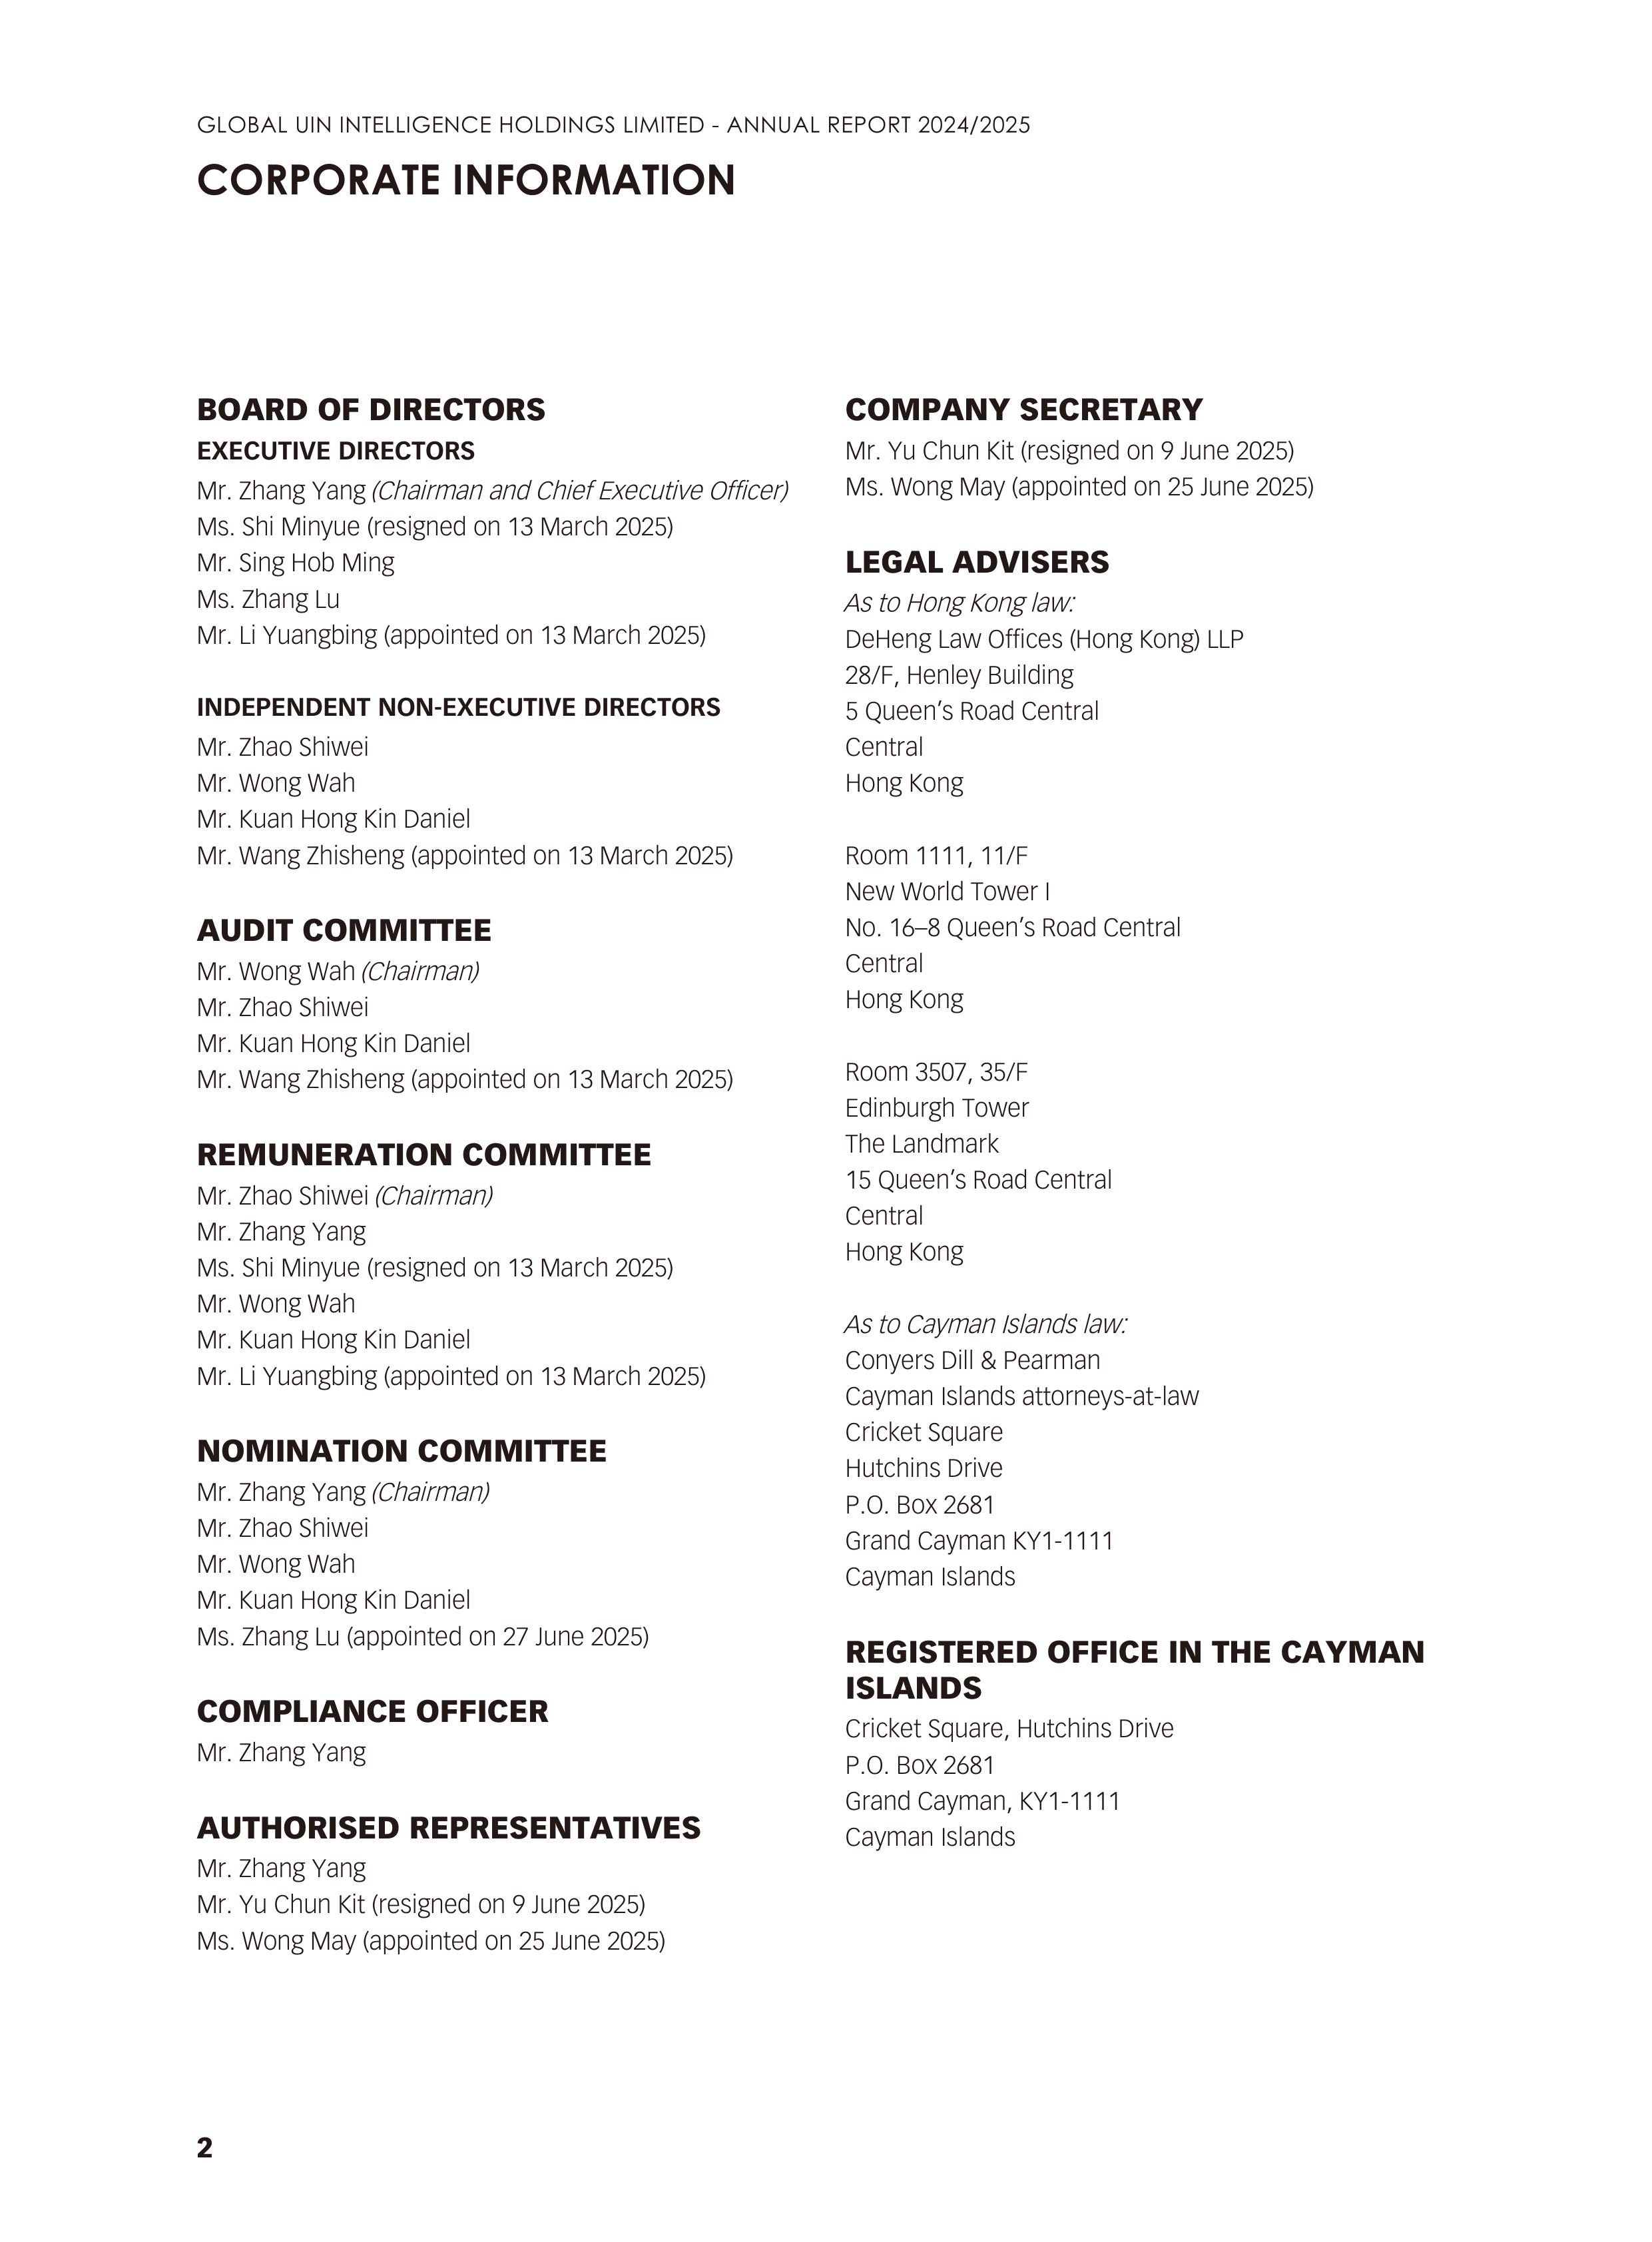
GLOBAL UIN INTELLIGENCE HOLDINGS LIMITED - ANNUAL REPORT 2024/2025
CORPORATE INFORMATION

BOARD OF DIRECTORS                                    COMPANY SECRETARY
EXECUTIVE DIRECTORS                                   Mr. Yu Chun Kit (resigned on 9 June 2025)
Mr. Zhang Yang (Chairman and Chief Executive Officer) Ms. Wong May (appointed on 25 June 2025)
Ms. Shi Minyue (resigned on 13 March 2025)
Mr. Sing Hob Ming                                    LEGAL ADVISERS
Ms. Zhang Lu                                          As to Hong Kong law:
Mr. Li Yuangbing (appointed on 13 March 2025)         DeHeng Law Offices (Hong Kong) LLP
                                                      28/F, Henley Building
INDEPENDENT NON-EXECUTIVE DIRECTORS                   5 Queen's Road Central
Mr. Zhao Shiwei                                       Central
Mr. Wong Wah                                          Hong Kong
Mr. Kuan Hong Kin Daniel
Mr. Wang Zhisheng (appointed on 13 March 2025)        Room 1111, 11/F
                                                      New World Tower I
AUDIT COMMITTEE                                       No. 16–8 Queen's Road Central
Mr. Wong Wah (Chairman)                               Central
Mr. Zhao Shiwei                                       Hong Kong
Mr. Kuan Hong Kin Daniel
Mr. Wang Zhisheng (appointed on 13 March 2025)        Room 3507, 35/F
                                                      Edinburgh Tower
REMUNERATION COMMITTEE                                The Landmark
Mr. Zhao Shiwei (Chairman)                            15 Queen's Road Central
Mr. Zhang Yang                                        Central
Ms. Shi Minyue (resigned on 13 March 2025)            Hong Kong
Mr. Wong Wah
Mr. Kuan Hong Kin Daniel                              As to Cayman Islands law:
Mr. Li Yuangbing (appointed on 13 March 2025)         Conyers Dill & Pearman
                                                      Cayman Islands attorneys-at-law
NOMINATION COMMITTEE                                  Cricket Square
Mr. Zhang Yang (Chairman)                             Hutchins Drive
Mr. Zhao Shiwei                                       P.O. Box 2681
Mr. Wong Wah                                          Grand Cayman KY1-1111
Mr. Kuan Hong Kin Daniel                              Cayman Islands
Ms. Zhang Lu (appointed on 27 June 2025)
                                                      REGISTERED OFFICE IN THE CAYMAN
COMPLIANCE OFFICER                                    ISLANDS
Mr. Zhang Yang                                        Cricket Square, Hutchins Drive
                                                      P.O. Box 2681
AUTHORISED REPRESENTATIVES                            Grand Cayman, KY1-1111
Mr. Zhang Yang                                        Cayman Islands
Mr. Yu Chun Kit (resigned on 9 June 2025)
Ms. Wong May (appointed on 25 June 2025)

2